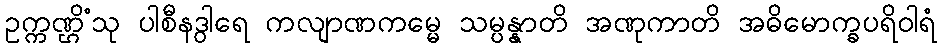
ဥက္ကဏ္ဌိံသု ပါစီနဒွါရေ ကလျာဏကမ္မေ သမ္ပန္နာတိ အဏုကာတိ အဓိမောက္ခပရိဝါရံ